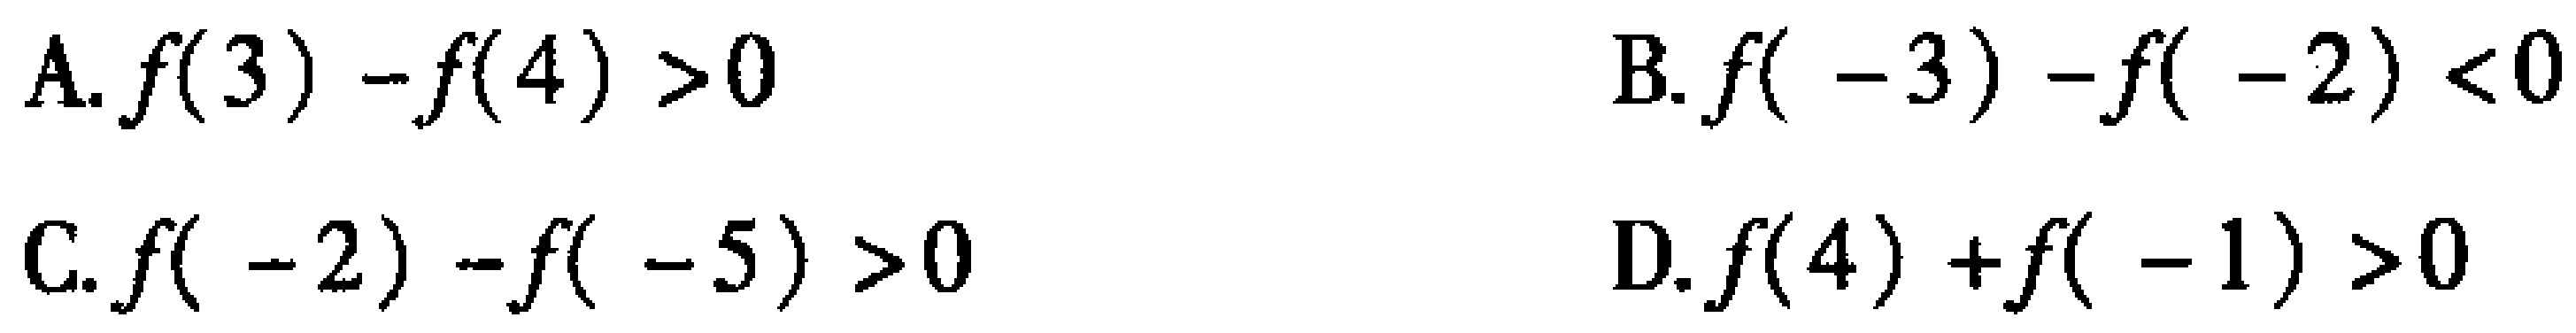
A. \(f(3)-f(4)>0\)

B. \(f(-3)-f(-2)<0\)

C. \(f(-2)-f(-5)>0\)

D. \(f(4)+f(-1)>0\)